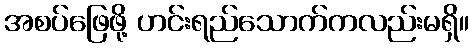
အစပ်ဖြေဖို့ ဟင်းရည်သောက်ကလည်းမရှိ။